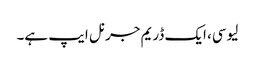
لیوسی، ایک ڈریم جرنل ایپ ہے۔